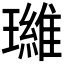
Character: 𮴷